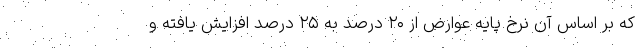
که بر اساس آن نرخ پایه عوارض از ۲۰ درصد به ۲۵ درصد افزایش یافته و